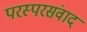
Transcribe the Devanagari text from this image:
परस्परसंवाद